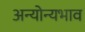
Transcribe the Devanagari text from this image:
अन्योन्यभाव